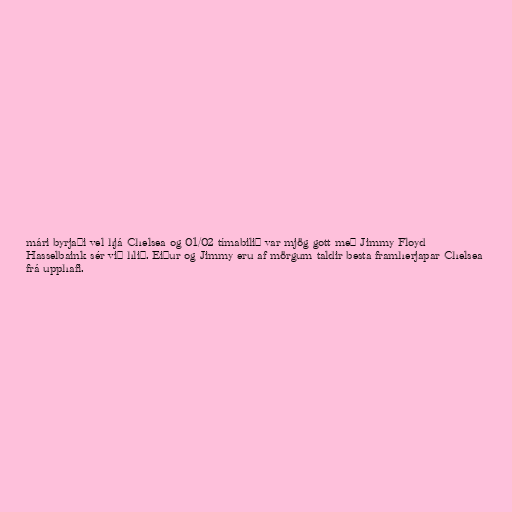
mári byrjaði vel hjá Chelsea og 01/02 tímabilið var mjög gott með Jimmy Floyd
Hasselbaink sér við hlið. Eiður og Jimmy eru af mörgum taldir besta framherjapar Chelsea
frá upphafi.